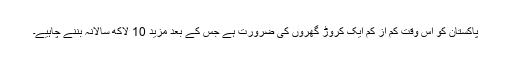
پاکستان کو اس وقت کم از کم ایک کروڑ گھروں کی ضرورت ہے جس کے بعد مزید 10 لاکھ سالانہ بننے چاہیے۔